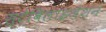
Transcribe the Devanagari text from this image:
स्टेबिलाइज़ेशन